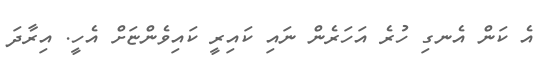
އެ ކަން އެނގި ހުރެ އަހަރެން ނައި ކައިރީ ކައިވެންޏަށް އެހީ. އިރާދަ